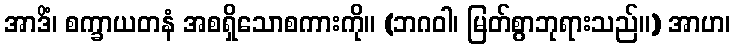
အာဒိံ၊ စက္ခာယတနံ အစရှိသောစကားကို။ (ဘဂဝါ၊ မြတ်စွာဘုရားသည်။) အာဟ၊